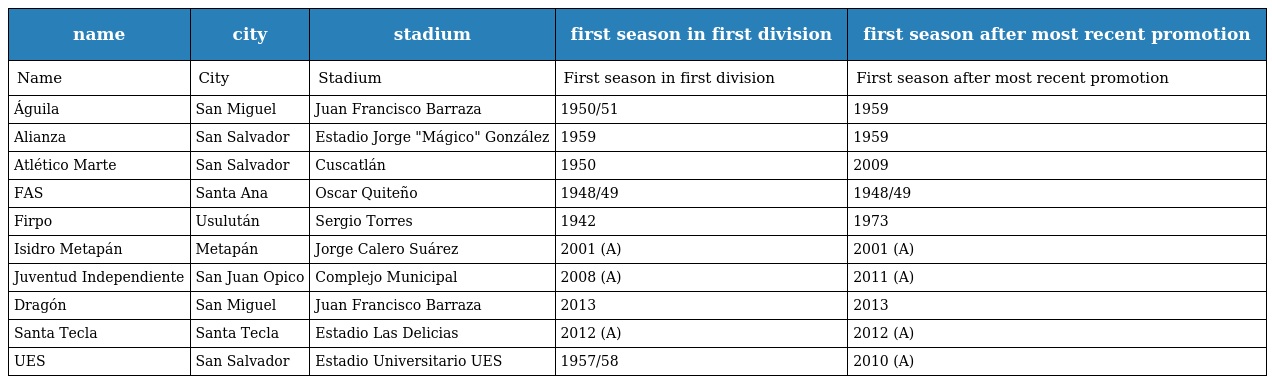
| name | city | stadium | first season in first division | first season after most recent promotion |
 | --- | --- | --- | --- | --- |
 | Name | City | Stadium | First season in first division | First season after most recent promotion |
 | Águila | San Miguel | Juan Francisco Barraza | 1950/51 | 1959 |
 | Alianza | San Salvador | Estadio Jorge "Mágico" González | 1959 | 1959 |
 | Atlético Marte | San Salvador | Cuscatlán | 1950 | 2009 |
 | FAS | Santa Ana | Oscar Quiteño | 1948/49 | 1948/49 |
 | Firpo | Usulután | Sergio Torres | 1942 | 1973 |
 | Isidro Metapán | Metapán | Jorge Calero Suárez | 2001 (A) | 2001 (A) |
 | Juventud Independiente | San Juan Opico | Complejo Municipal | 2008 (A) | 2011 (A) |
 | Dragón | San Miguel | Juan Francisco Barraza | 2013 | 2013 |
 | Santa Tecla | Santa Tecla | Estadio Las Delicias | 2012 (A) | 2012 (A) |
 | UES | San Salvador | Estadio Universitario UES | 1957/58 | 2010 (A) |